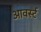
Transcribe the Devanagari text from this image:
आवर्स्ट